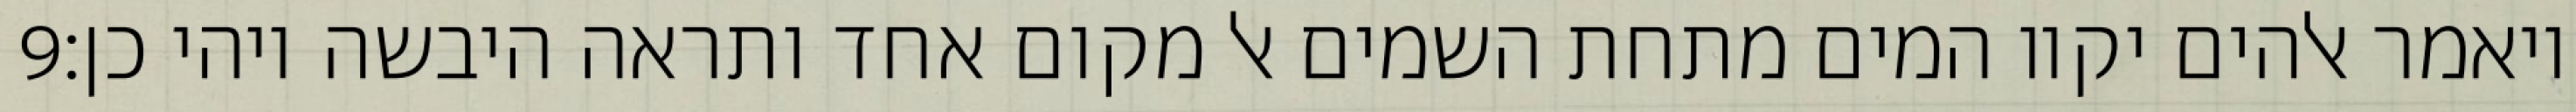
‎9‏ ויאמר אלהים יקוו המים מתחת השמים אל מקום אחד ותראה היבשה ויהי כן׃